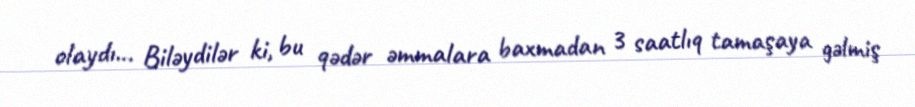
olaydı... Biləydilər ki, bu qədər əmmalara baxmadan 3 saatlıq tamaşaya gəlmiş